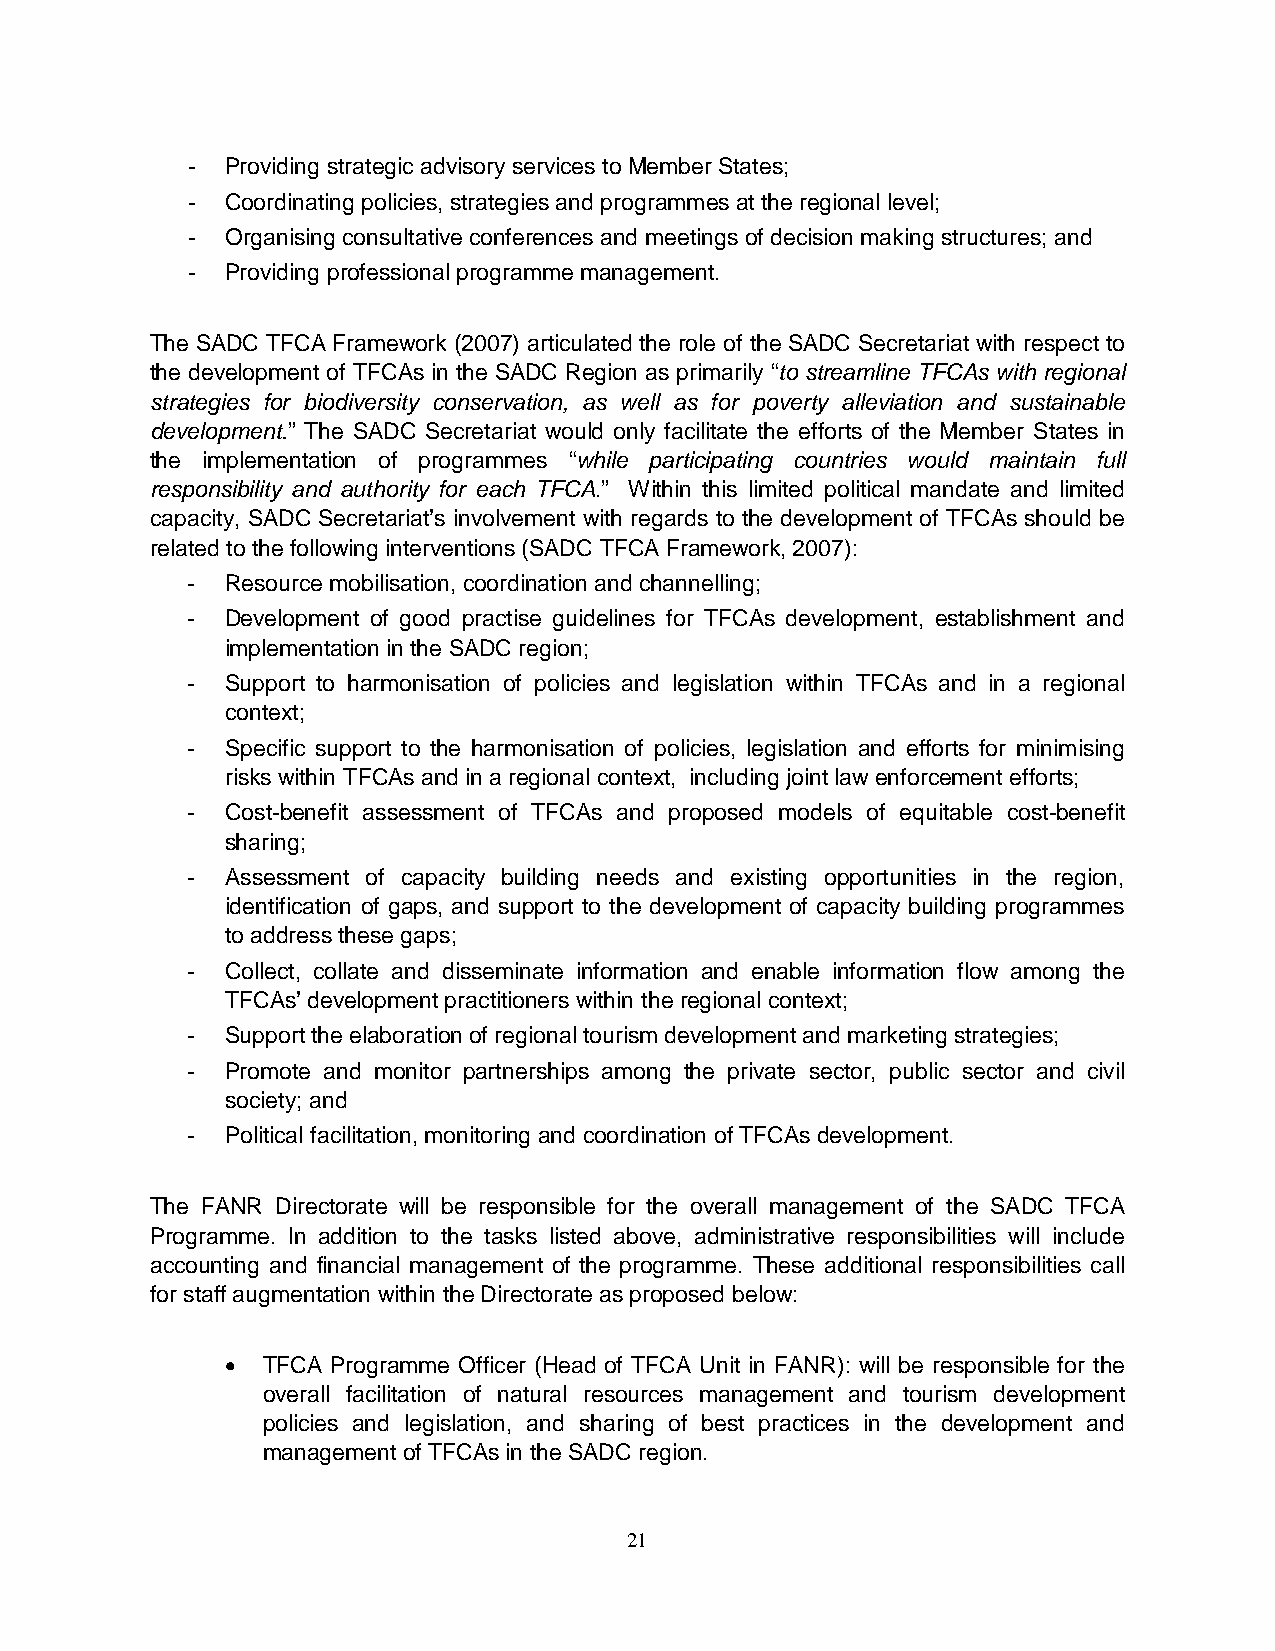
-  Providing strategic advisory services to Member States;
 -  Coordinating policies, strategies and programmes at the regional level;
 -  Organising consultative conferences and meetings of decision making structures; and
 -  Providing professional programme management.
 The SADC TFCA Framework (2007) articulated the role of the SADC Secretariat with respect to
 the development of TFCAs in the SADC Region as primarily “to streamline TFCAs with regional
 strategies for biodiversity conservation, as well as for poverty alleviation and sustainable
 development.” The SADC Secretariat would only facilitate the efforts of the Member States in
 the implementation of programmes “while participating countries would maintain full
 responsibility and authority for each TFCA.” Within this limited political mandate and limited
 capacity, SADC Secretariat’s involvement with regards to the development of TFCAs should be
 related to the following interventions (SADC TFCA Framework, 2007):
 -  Resource mobilisation, coordination and channelling;
 -  Development of good practise guidelines for TFCAs development, establishment and
 implementation in the SADC region;
 -  Support to harmonisation of policies and legislation within TFCAs and in a regional
 context;
 -  Specific support to the harmonisation of policies, legislation and efforts for minimising
 risks within TFCAs and in a regional context, including joint law enforcement efforts;
 -  Cost-benefit assessment of TFCAs and proposed models of equitable cost-benefit
 sharing;
 -  Assessment of capacity building needs and existing opportunities in the region,
 identification of gaps, and support to the development of capacity building programmes
 to address these gaps;
 -  Collect, collate and disseminate information and enable information flow among the
 TFCAs’ development practitioners within the regional context;
 -  Support the elaboration of regional tourism development and marketing strategies;
 -  Promote and monitor partnerships among the private sector, public sector and civil
 society; and
 -  Political facilitation, monitoring and coordination of TFCAs development.
 The FANR Directorate will be responsible for the overall management of the SADC TFCA
 Programme. In addition to the tasks listed above, administrative responsibilities will include
 accounting and financial management of the programme. These additional responsibilities call
 for staff augmentation within the Directorate as proposed below:
 • TFCA Programme Officer (Head of TFCA Unit in FANR): will be responsible for the
 overall facilitation of natural resources management and tourism development
 policies and legislation, and sharing of best practices in the development and
 management of TFCAs in the SADC region.
 21